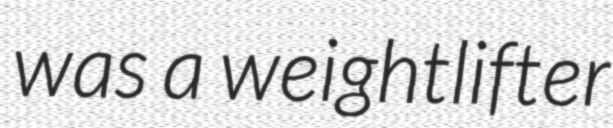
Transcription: was a weightlifter